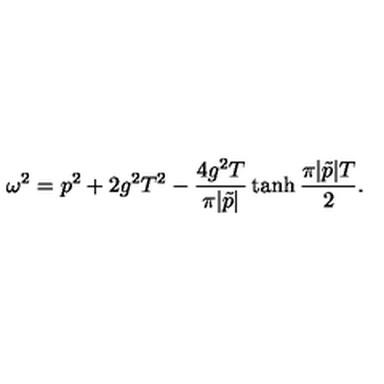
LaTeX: \omega ^ { 2 } = p ^ { 2 } + 2 g ^ { 2 } T ^ { 2 } - { \frac { 4 g ^ { 2 } T } { \pi | \tilde { p } | } } \tanh { \frac { \pi | \tilde { p } | T } { 2 } } .